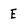
Character: E